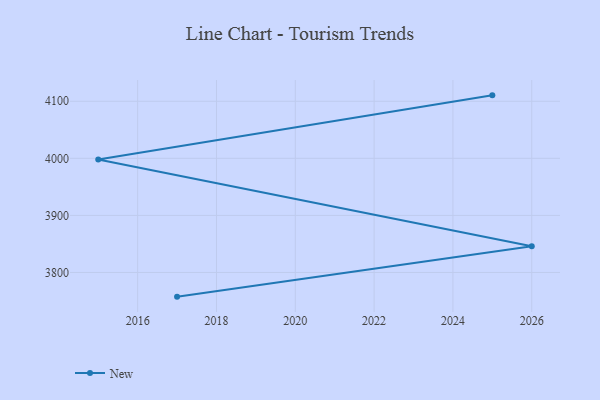
{"axis": {"x": "Year", "y": "Headcount"}, "legend": ["New"], "data": [{"x": "2025", "y": 4110.4, "type": "New"}, {"x": "2015", "y": 3998.0, "type": "New"}, {"x": "2026", "y": 3846.0, "type": "New"}, {"x": "2017", "y": 3757.6, "type": "New"}]}